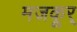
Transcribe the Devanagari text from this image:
मजकूर्